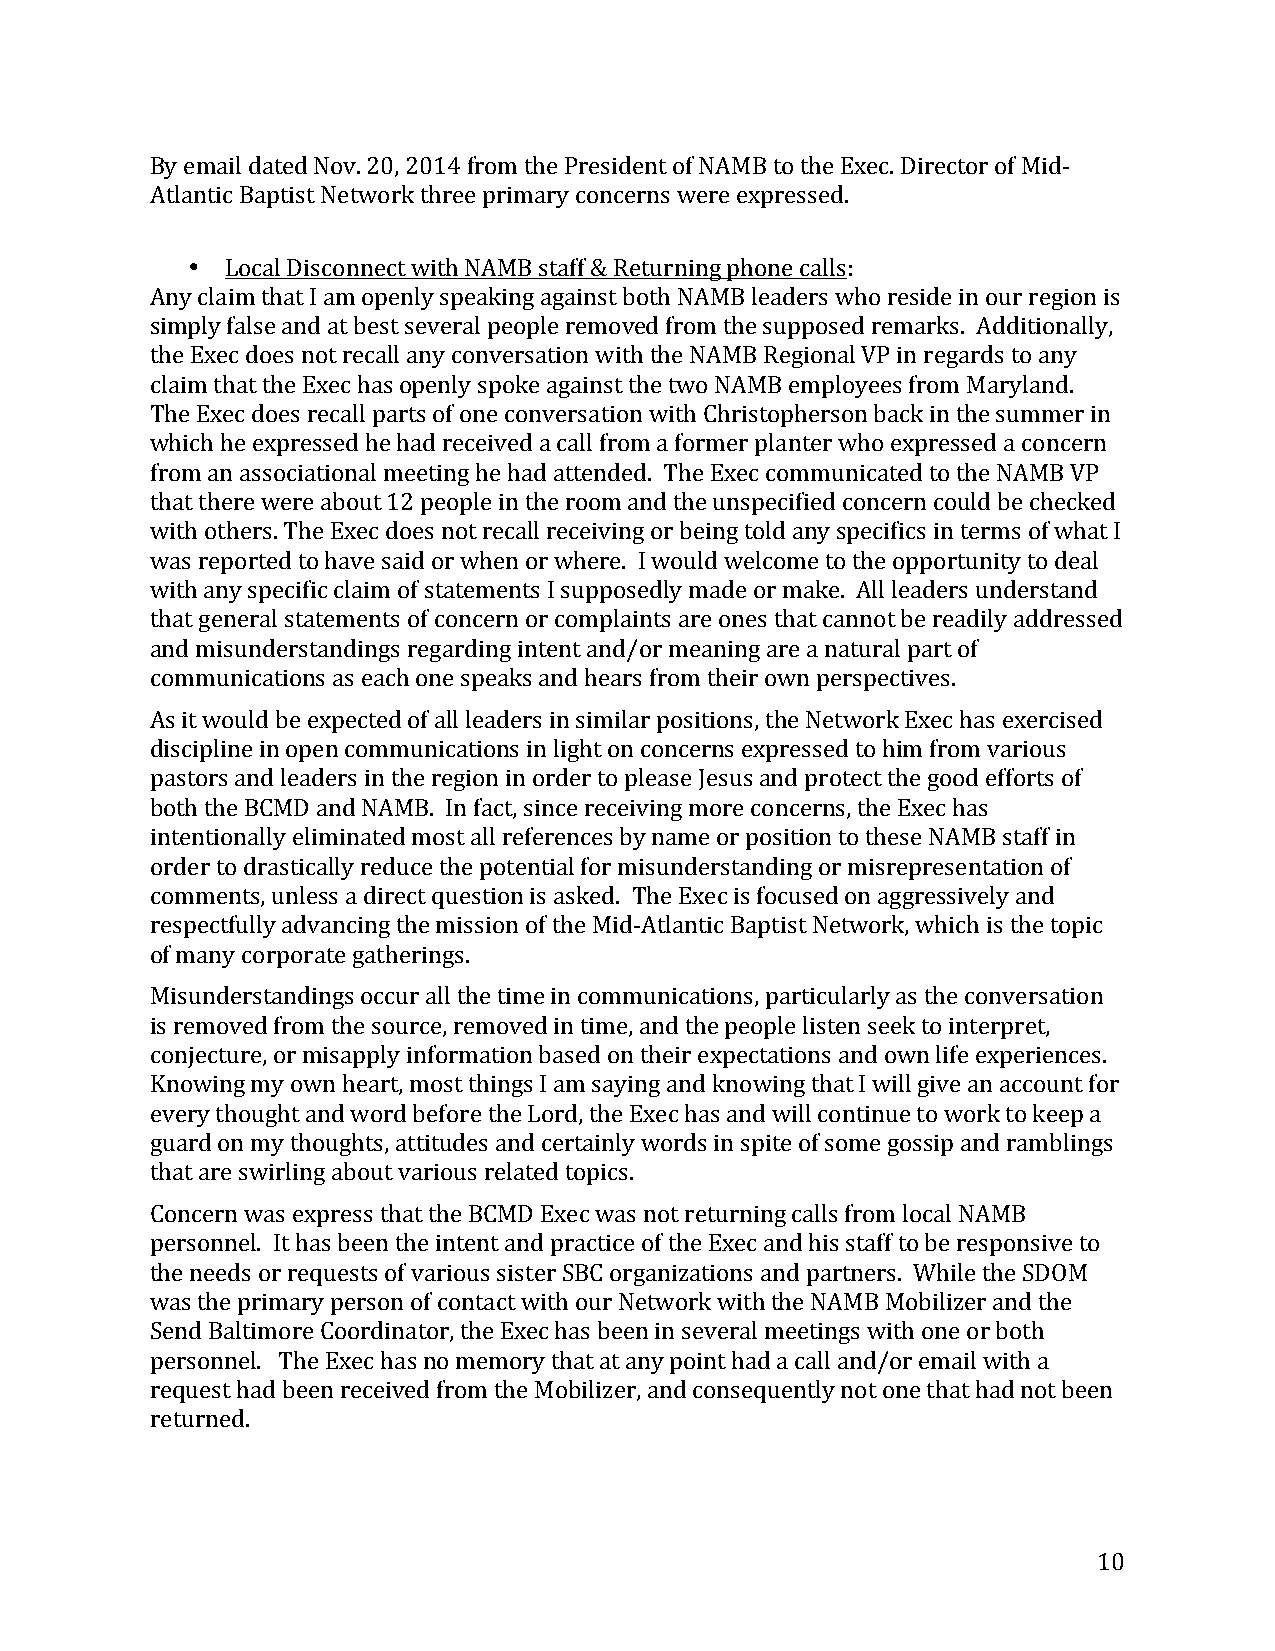
By email dated Nov. 20, 2014 from the President of NAMB to the Exec. Director of Mid-­‐
 Atlantic Baptist Network three primary concerns were expressed.
 •  Local Disconnect with NAMB staff & Returning phone calls:
 Any claim that I am openly speaking against both NAMB leaders who reside in our region is
 simply false and at best several people removed from the supposed remarks. Additionally,
 the Exec does not recall any conversation with the NAMB Regional VP in regards to any
 claim that the Exec has openly spoke against the two NAMB employees from Maryland.
 The Exec does recall parts of one conversation with Christopherson back in the summer in
 which he expressed he had received a call from a former planter who expressed a concern
 from an associational meeting he had attended. The Exec communicated to the NAMB VP
 that there were about 12 people in the room and the unspecified concern could be checked
 with others. The Exec does not recall receiving or being told any specifics in terms of what I
 was reported to have said or when or where. I would welcome to the opportunity to deal
 with any specific claim of statements I supposedly made or make. All leaders understand
 that general statements of concern or complaints are ones that cannot be readily addressed
 and misunderstandings regarding intent and/or meaning are a natural part of
 communications as each one speaks and hears from their own perspectives.
 As it would be expected of all leaders in similar positions, the Network Exec has exercised
 discipline in open communications in light on concerns expressed to him from various
 pastors and leaders in the region in order to please Jesus and protect the good efforts of
 both the BCMD and NAMB. In fact, since receiving more concerns, the Exec has
 intentionally eliminated most all references by name or position to these NAMB staff in
 order to drastically reduce the potential for misunderstanding or misrepresentation of
 comments, unless a direct question is asked. The Exec is focused on aggressively and
 respectfully advancing the mission of the Mid-­‐Atlantic Baptist Network, which is the topic
 of many corporate gatherings.
 Misunderstandings occur all the time in communications, particularly as the conversation
 is removed from the source, removed in time, and the people listen seek to interpret,
 conjecture, or misapply information based on their expectations and own life experiences.
 Knowing my own heart, most things I am saying and knowing that I will give an account for
 every thought and word before the Lord, the Exec has and will continue to work to keep a
 guard on my thoughts, attitudes and certainly words in spite of some gossip and ramblings
 that are swirling about various related topics.
 Concern was express that the BCMD Exec was not returning calls from local NAMB
 personnel. It has been the intent and practice of the Exec and his staff to be responsive to
 the needs or requests of various sister SBC organizations and partners. While the SDOM
 was the primary person of contact with our Network with the NAMB Mobilizer and the
 Send Baltimore Coordinator, the Exec has been in several meetings with one or both
 personnel. The Exec has no memory that at any point had a call and/or email with a
 request had been received from the Mobilizer, and consequently not one that had not been
 returned.
 10